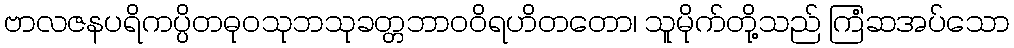
ဗာလဇနပရိကပ္ပိတဓုဝသုဘသုခတ္တဘာဝဝိရဟိတတော၊ သူမိုက်တို့သည် ကြံဆအပ်သော